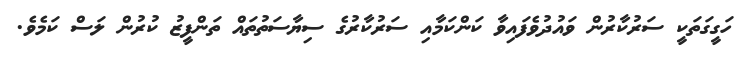
ހަގީގަތަކީ ސަރުކާރުން ވައުދުވެފައިވާ ކަންކަމާއި ސަރުކާރުގެ ސިޔާސަތުތައް ތަންފީޒު ކުރުން ލަސް ކަމެވެ.